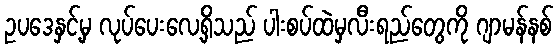
ဥပဒေနှင့်မှ လုပ်ပေးလေ့ရှိသည် ပါးစပ်ထဲမှလီးရည်တွေကို ဂျာမန်နစ်